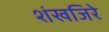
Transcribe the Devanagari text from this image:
शंखजिरे